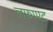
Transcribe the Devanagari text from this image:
लफ़ाएट